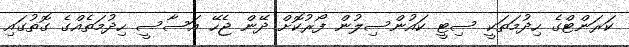
ކަރަންޓްގެ ހިދުމަތަކީ ސިޓީ ކައުންސިލުން ފޯރުކޮށް ދޭން ޖެހޭ އަސާސީ ހިދުމަތެއްގެ ގޮތުގައި